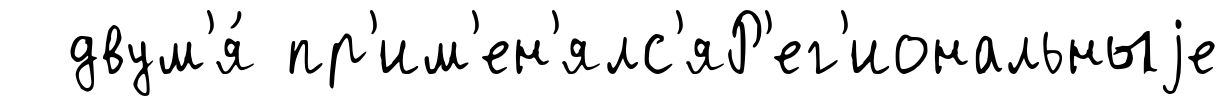
двум'я́ пр'им'ен'ялс'яР'ег'иональныjе